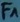
Text: F1